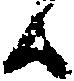
日